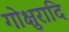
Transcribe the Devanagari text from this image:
गोक्षुरादि